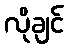
လိုချင်